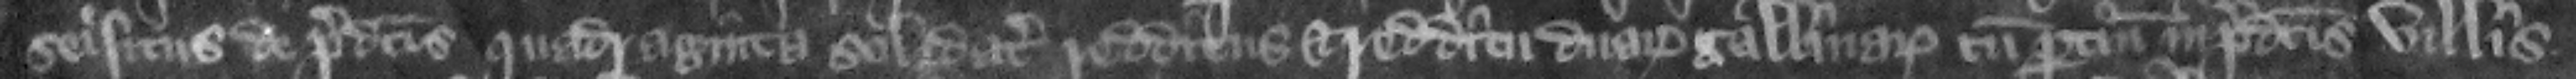
seisitus de predictis quadraginta solidatis redditus et redditu duarum gallinarum cum pertinenciis in predictis villis